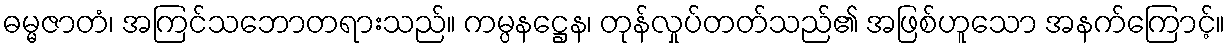
ဓမ္မဇာတံ၊ အကြင်သဘောတရားသည်။ ကမ္ပနဋ္ဌေန၊ တုန်လှုပ်တတ်သည်၏ အဖြစ်ဟူသော အနက်ကြောင့်။